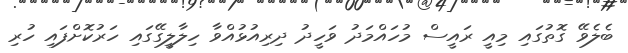
ބެލެވޭ ގޮތުގައި މިއީ ރައީސް މުހައްމަދު ވަހީދު ދިރިއުޅުއްވާ ހިލާލީގޭގައި ހަރުކޮށްފައި ހުރި